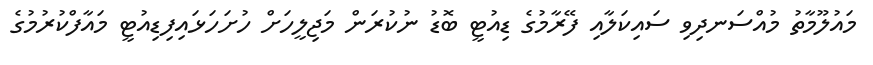
މައުލޫމާތު މުއްސަނދިވި ސައިކަލާއި ފޭރާމުގެ ޑިއުޓީ ބޮޑު ނުކުރަން މަޖިލީހަށް ހުށަހަޅައިފިޑިއުޓީ މައާފްކުރުމުގެ